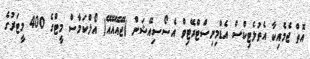
އޮތް ޖެމެއިކާ އެތުލެޓިކްސް އެޑްމިނިސްޓްރޭޓިވް އެސޯސިއޭޝަން (ޖޭއޭއޭއޭ) އޯލްކަމާސް މީޓްގެ 400 މީޓަރުގެ